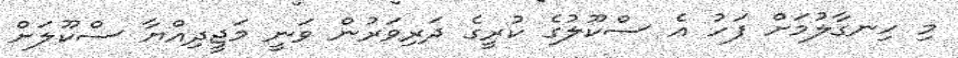
މި ހިނގާލުމަށް ފަހު އެ ސްކޫލުގެ ކުރީގެ ދަރިވަރުން ވަނީ މަޖީދިއްޔާ ސްކޫލަށް